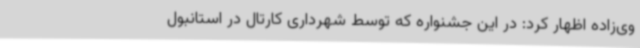
وی‌زاده اظهار کرد: در این جشنواره که توسط شهرداری کارتال در استانبول